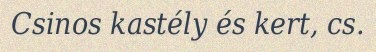
Csinos kastély és kert, cs.